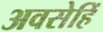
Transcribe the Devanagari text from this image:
अवसेहिँ